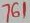
Text: 761